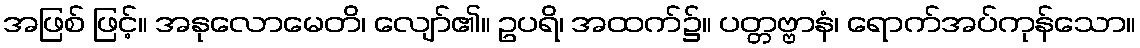
အဖြစ် ဖြင့်။ အနုလောမေတိ၊ လျော်၏။ ဥပရိ၊ အထက်၌။ ပတ္တဗ္ဗာနံ၊ ရောက်အပ်ကုန်သော။